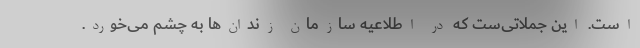
است. این جملاتی‌ست که در اطلاعیه سازمان زندان‌ها به چشم می‌خورد.